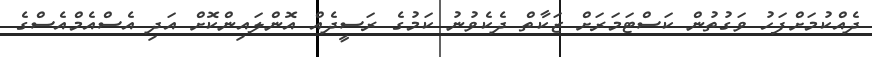
ދެއްކުމަށްފަހު ވަގުތުން ކަސްޓަމަރަށް ޒަކާތް ދެކެވުނު ކަމުގެ ރަސީދެއް އޮންލައިންކޮށް އަދި އެސްއެމްއެސްގެ